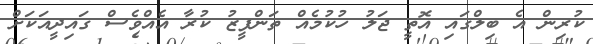
ކުރިން އެ ބިލްގައި އޮތީ ޖަލު ހުކުމެއް ތަންފީޒު ކުރާ އެއްވެސް ގައިދީއަކަށް